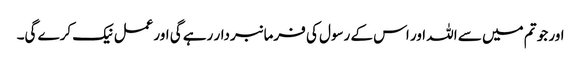
اور جو تم میں سے اللہ اور اس کے رسول کی فرمانبردار رہے گی اورعمل نیک کرے گی۔